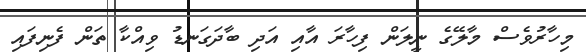
މިހާރުވެސް މާލޭގެ ނީލަން ފިހާރަ އާއި އަދި ބާދަގަނޑު ވިއްކާ ތަން ފެނިފައި